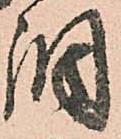
調